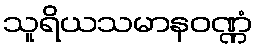
သူရိယသမာနဝဏ္ဏံ